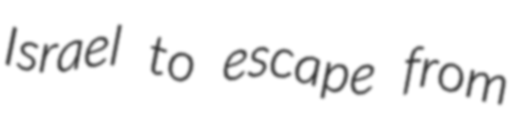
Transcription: Israel to escape from